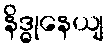
နိဒ္ဓုနေယျ